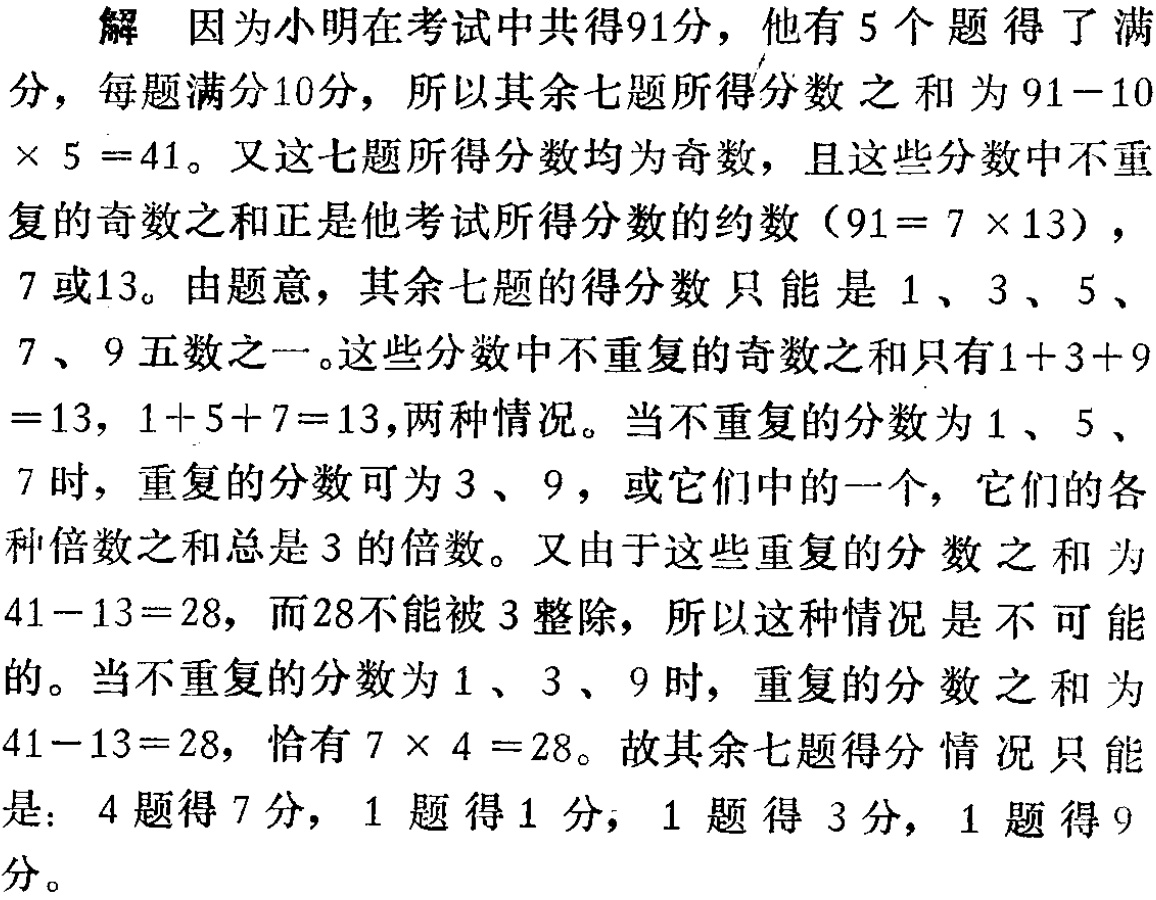
解 因为小明在考试中共得91分，他有5个题得了满

分，每题满分10分，所以其余七题所得分数之和为\(91 - 10\times5 = 41\)。又这七题所得分数均为奇数，且这些分数中不重

复的奇数之和正是他考试所得分数的约数（\(91 = 7\times13\)），

7或13。由题意，其余七题的得分数只能是1、3、5、

7、9五数之一。这些分数中不重复的奇数之和只有\(1 + 3 + 9=13\)，\(1 + 5 + 7 = 13\)，两种情况。当不重复的分数为1、5、

7时，重复的分数可为3、9，或它们中的一个，它们的各

种倍数之和总是3的倍数。又由于这些重复的分数之和为

\(41 - 13 = 28\)，而28不能被3整除，所以这种情况是不可能

的。当不重复的分数为1、3、9时，重复的分数之和为

\(41 - 13 = 28\)，恰有\(7\times4 = 28\)。故其余七题得分情况只能

是：4题得7分，1 题得1分，1题得3分，1题得9

分。